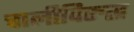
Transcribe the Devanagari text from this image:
चालीविरुद्ध